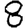
Digit: 8